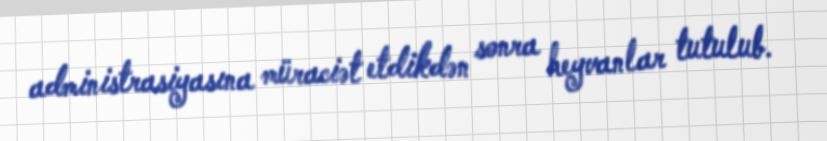
administrasiyasına müraciət etdikdən sonra heyvanlar tutulub.